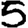
Digit: 5